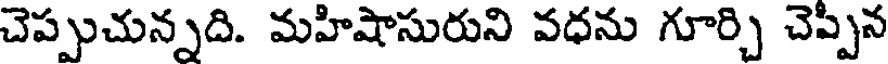
చెప్పుచున్నది. మహిషాసురుని వధను గూర్చి చెప్పిన